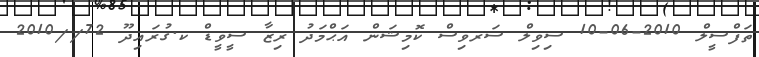
ތަފްސީލް 2010-06-10 ސިވިލް ސަރވިސް ކޮމިޝަން އަޙްމަދު ރިޒާ ސީވީޑް ކ.ގުރައިދޫ 72//2010